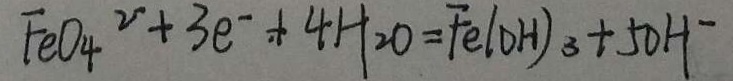
F e O _ { 4 } ^ { 2 } + 3 e ^ { - } + 4 H _ { 2 } O = F e ( O H ) _ { 3 } + 5 O H ^ { - }